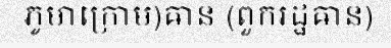
ភូមាក្រោម)ឝាន (ពួករដ្ឋឝាន)